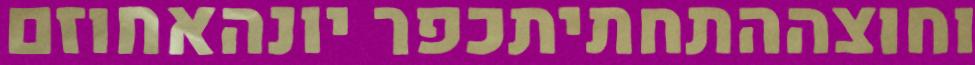
וחוצההתחתיתכפר יונהאחוזם